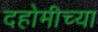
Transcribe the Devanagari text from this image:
दहोमीच्या